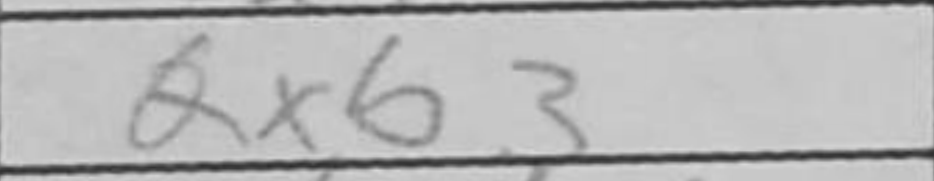
Transcription: Qxb3